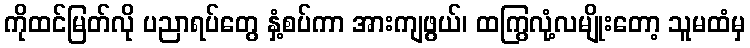
ကိုထင်မြတ်လို ပညာရပ်တွေ နှံ့စပ်ကာ အားကျဖွယ်၊ ထကြွလုံ့လမျိုးတော့ သူမထံမှ